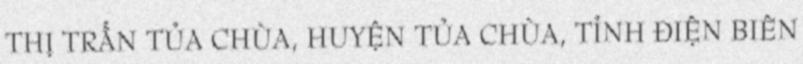
THỊ TRẤN TỦA CHÙA, HUYỆN TỦA CHÙA, TỈNH ĐIỆN BIÊN